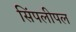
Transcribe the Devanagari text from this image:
सिंपलीपल